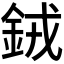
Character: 𬫍